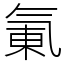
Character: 氭